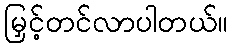
မြှင့်တင်လာပါတယ်။